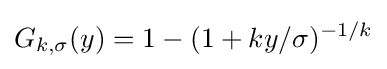
G_{k,\sigma }(y)=1-(1+ky/\sigma )^{-1/k}